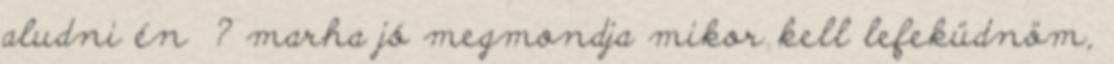
aludni én ? marha jó megmondja mikor kell lefeküdnöm,